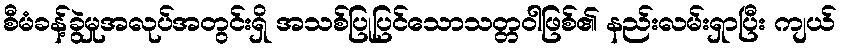
စီမံခန့်ခွဲမှုအလုပ်အတွင်းရှိ အသစ်ပြုပြင်သောသတ္တဝါဖြစ်၏ နည်းလမ်းရှာပြီး ကျယ်